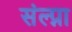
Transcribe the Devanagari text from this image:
संल्प्ना